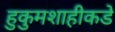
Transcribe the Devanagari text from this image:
हुकुमशाहीकडे